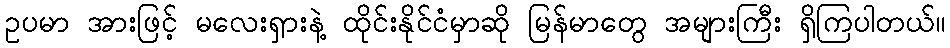
ဥပမာ အားဖြင့် မလေးရှားနဲ့ ထိုင်းနိုင်ငံမှာဆို မြန်မာတွေ အများကြီး ရှိကြပါတယ်။